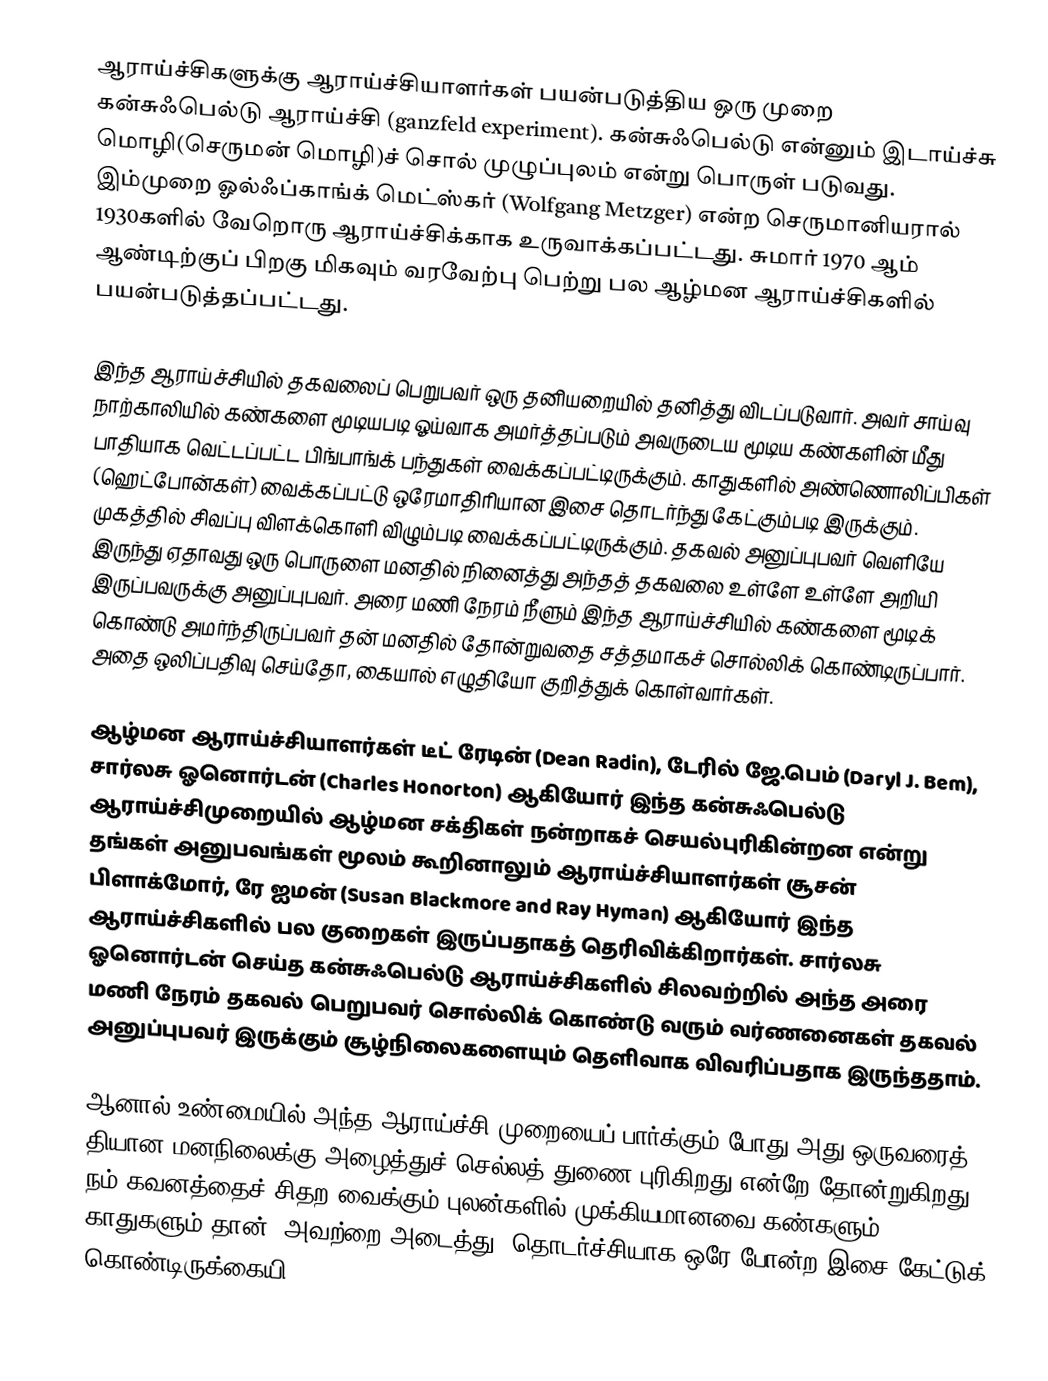
ஆராய்ச்சிகளுக்கு ஆராய்ச்சியாளர்கள் பயன்படுத்திய ஒரு முறை கன்சுஃபெல்டு ஆராய்ச்சி (ganzfeld experiment). கன்சுஃபெல்டு என்னும் இடாய்ச்சு மொழி(செருமன் மொழி)ச் சொல்  முழுப்புலம் என்று பொருள் படுவது. இம்முறை ஓல்ஃப்காங்க் மெட்ஸ்கர் (Wolfgang Metzger) என்ற செருமானியரால் 1930களில் வேறொரு ஆராய்ச்சிக்காக உருவாக்கப்பட்டது. சுமார் 1970 ஆம் ஆண்டிற்குப் பிறகு மிகவும் வரவேற்பு பெற்று பல ஆழ்மன ஆராய்ச்சிகளில் பயன்படுத்தப்பட்டது.

இந்த ஆராய்ச்சியில் தகவலைப் பெறுபவர் ஒரு தனியறையில் தனித்து விடப்படுவார். அவர் சாய்வு நாற்காலியில் கண்களை மூடியபடி ஓய்வாக அமர்த்தப்படும் அவருடைய மூடிய கண்களின் மீது பாதியாக வெட்டப்பட்ட பிங்பாங்க் பந்துகள் வைக்கப்பட்டிருக்கும். காதுகளில் அண்ணொலிப்பிகள் (ஹெட்போன்கள்) வைக்கப்பட்டு ஒரேமாதிரியான இசை தொடர்ந்து கேட்கும்படி இருக்கும். முகத்தில் சிவப்பு விளக்கொளி விழும்படி வைக்கப்பட்டிருக்கும். தகவல் அனுப்புபவர் வெளியே இருந்து ஏதாவது ஒரு பொருளை மனதில் நினைத்து அந்தத் தகவலை உள்ளே உள்ளே அறியி இருப்பவருக்கு அனுப்புபவர். அரை மணி நேரம் நீளும் இந்த ஆராய்ச்சியில் கண்களை மூடிக் கொண்டு அமர்ந்திருப்பவர் தன் மனதில் தோன்றுவதை சத்தமாகச் சொல்லிக் கொண்டிருப்பார். அதை ஒலிப்பதிவு செய்தோ, கையால் எழுதியோ குறித்துக் கொள்வார்கள்.

ஆழ்மன ஆராய்ச்சியாளர்கள் டீட் ரேடின் (Dean Radin), டேரில் ஜே.பெம் (Daryl J. Bem), சார்லசு ஓனொர்டன் (Charles Honorton) ஆகியோர் இந்த கன்சுஃபெல்டு ஆராய்ச்சிமுறையில் ஆழ்மன சக்திகள் நன்றாகச் செயல்புரிகின்றன என்று தங்கள் அனுபவங்கள் மூலம் கூறினாலும் ஆராய்ச்சியாளர்கள் சூசன் பிளாக்மோர், ரே ஐமன் (Susan Blackmore and Ray Hyman) ஆகியோர் இந்த ஆராய்ச்சிகளில் பல குறைகள் இருப்பதாகத் தெரிவிக்கிறார்கள். சார்லசு ஓனொர்டன் செய்த கன்சுஃபெல்டு ஆராய்ச்சிகளில் சிலவற்றில் அந்த அரை மணி நேரம் தகவல் பெறுபவர் சொல்லிக் கொண்டு வரும் வர்ணனைகள் தகவல் அனுப்புபவர் இருக்கும் சூழ்நிலைகளையும் தெளிவாக விவரிப்பதாக இருந்ததாம்.

ஆனால் உண்மையில் அந்த ஆராய்ச்சி முறையைப் பார்க்கும் போது அது ஒருவரைத் தியான மனநிலைக்கு அழைத்துச் செல்லத் துணை புரிகிறது என்றே தோன்றுகிறது. நம் கவனத்தைச் சிதற வைக்கும் புலன்களில் முக்கியமானவை கண்களும் காதுகளும் தான். அவற்றை அடைத்து, தொடர்ச்சியாக ஒரே போன்ற இசை கேட்டுக் கொண்டிருக்கையி